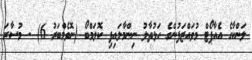
ލަންކާގެ އެއާޕޯޓް މުވައްޒަފުންގެ ހަޅުތާލު ނިންމާލައިފި ކޮލަމްބޯ (ނޮވެމްބަރު 6) - މުސާރަ